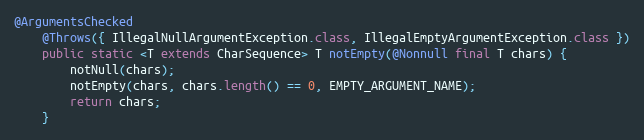
Language: Java
@ArgumentsChecked
	@Throws({ IllegalNullArgumentException.class, IllegalEmptyArgumentException.class })
	public static <T extends CharSequence> T notEmpty(@Nonnull final T chars) {
		notNull(chars);
		notEmpty(chars, chars.length() == 0, EMPTY_ARGUMENT_NAME);
		return chars;
	}